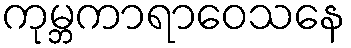
ကုမ္ဘကာရာဝေသနေ